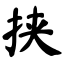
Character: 挟